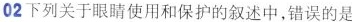
02下列关于眼睛使用和保护的叙述中，错误的是